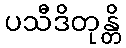
ပသီဒိတုန္တိ